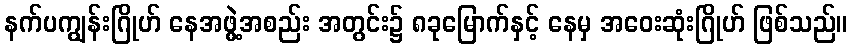
နက်ပကျွန်းဂြိုဟ် နေအဖွဲ့အစည်း အတွင်း၌ ၈ခုမြောက်နှင့် နေမှ အဝေးဆုံးဂြိုဟ် ဖြစ်သည်။